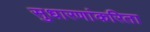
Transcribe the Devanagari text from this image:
सुधारणांकरिता